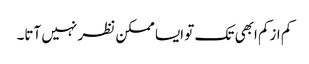
کم ازکم ابھی تک تو ایسا ممکن نظر نہیں آتا۔